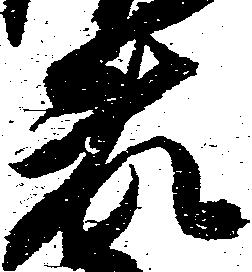
藤